Medical and sanitary report of the native army of Madras for the year
Year: 1878
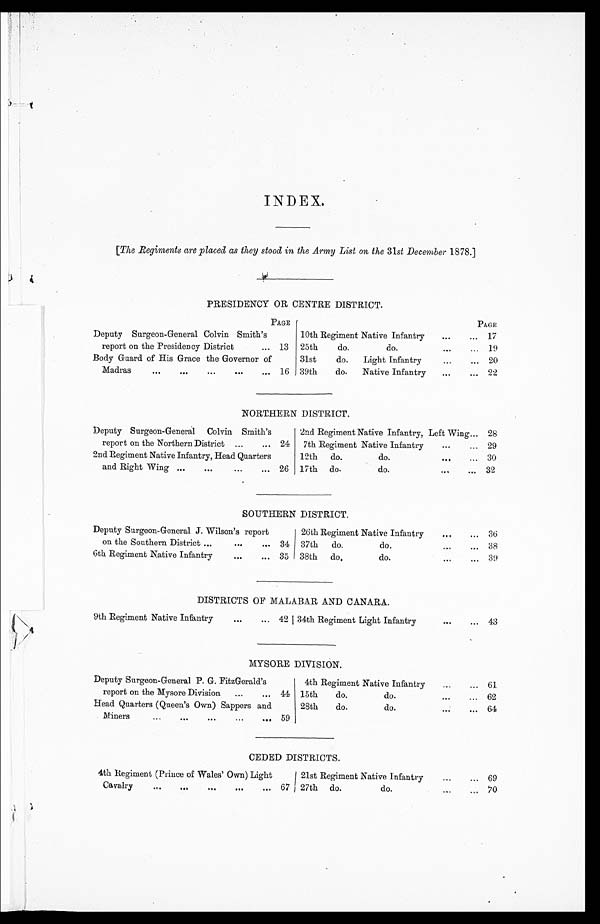
INDEX.
[The Regiments are placed as they stood in the Army List on the 31st December 1878.]
PRESIDENCY OR CENTRE DISTRICT.
PAGE
PAGE
Deputy Surgeon-General Colvin Smith's
report on the Presidency District . . .
13
10th Regiment Native Infantry . . .
17
25th
do.
do. . . .
19
Body Guard of His Grace the Governor of
Madras
.
.
.
16
31st
do.
Light Infantry . . .
2 0
39th
do.
Native Infantry . . .
22
NORTHERN DISTRICT.
Deputy Surgeon-General Colvin Smith's
report on the Northern District . . .
24
2nd Regiment Native Infantry, Left Wing . . .
28
7th Regiment Native Infantry . . .
29
2nd Regiment Native Infantry, Head Quarters
and Right Wing . . . 26
12th
do.
do.
.
.
.
30
17th
do.
do.
.
.
.
32
SOUTHERN DISTRICT.
Deputy Surgeon-General J. Wilson's report
on the Southern District . . .
34
26th Regiment Native Infantry . . .
36
37th
do.
do.
.
.
.
38
6th Regiment Native Infantry . . .
35
38th
do.
do.
.
.
. 39
DISTRICTS OF MALABAR AND CANARA.
9th Regiment Native Infantry . . .
42
34th Regiment Light Infantry . . .
43
MYSORE DIVISION.
Deputy Surgeon-General P. G. FitzGerald's
report on the Mysore Division . . . 44
4th Regiment Native Infantry . . .
61
15th
do.
do.
.
.
.
62
Head Quarters (Queen's Own) Sappers and
Miners
.
.
. 59
28th
do.
do.
.
.
. 64
CEDED DISTRICTS.
4th Regiment (Prince of Wales' Own) Light
Cavalry
.
.
.
67
21st Regiment Native Infantry . . .
69
27th
do.
do.
.
.
.
7 0